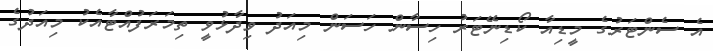
އެ ސެންޓަރުގެ މީޑިއާ ކޯޑިނޭޓަރު ހިސާން ހަސަން މިއަދު ވިދާޅުވީ ތިމަރަފުއްޓާއެކު މިއަދުގެ